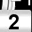
Digit: 2